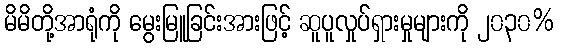
မိမိတို့အာရုံကို မွေးမြူခြင်းအားဖြင့် ဆူပူလှုပ်ရှားမှုများကို ၂၀၃၀%